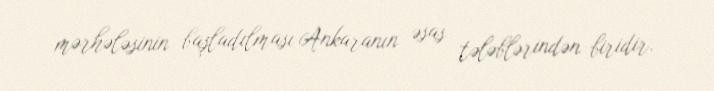
mərhələsinin başladılması Ankaranın əsas tələblərindən biridir.